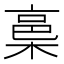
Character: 𭫋